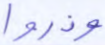
وذروا